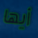
أيها